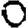
Digit: 0